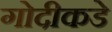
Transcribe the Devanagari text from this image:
गोदीकडे